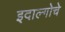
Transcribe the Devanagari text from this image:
इदाल्गोचे